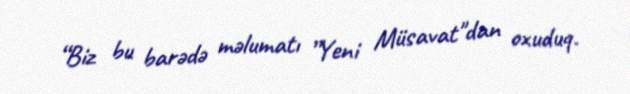
“Biz bu barədə məlumatı ”Yeni Müsavat"dan oxuduq.